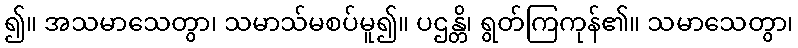
၍။ အသမာသေတွာ၊ သမာသ်မစပ်မူ၍။ ပဌန္တိ၊ ရွတ်ကြကုန်၏။ သမာသေတွာ၊